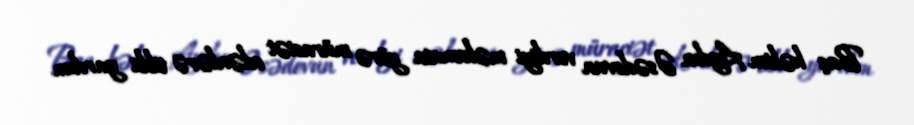
Baş həkim Aydın Əsədovun verdiyi məlumata görə müraciət edənlərə tibbi yardım